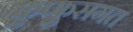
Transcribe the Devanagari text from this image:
फुप्फुसगत